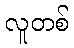
လူတစ်